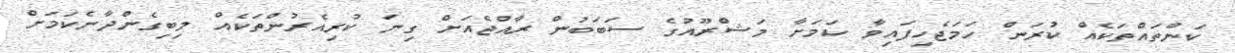
ކަންތައްތަކެއް ކުރަން ހަމަޖެހިފައިވާ ކަމަށާ މަޝްރޫއުގެ ސަަބަބުން ރާއްޖެއަށް ގިނަ ކުރިއެރުންތަކެއް ލިބިގެންދާނެކަމަށް